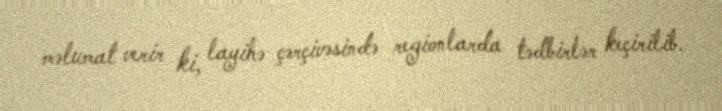
məlumat verir ki, layihə çərçivəsində regionlarda tədbirlər keçirilib.